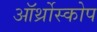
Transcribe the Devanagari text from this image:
ऑर्थ्रोस्कोप